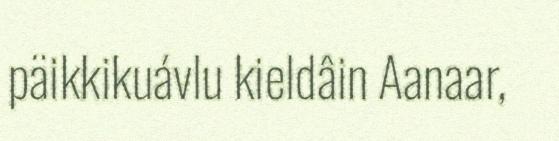
päikkikuávlu kieldâin Aanaar,